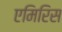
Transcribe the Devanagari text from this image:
एमिरिस